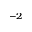
^ { - 2 }